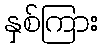
နှစ်ကြား